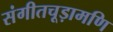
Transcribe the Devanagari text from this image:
संगीतचूड़ामणि